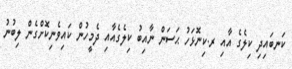
ކަނބައިދި ކިލެގެ އާއި ރ.ކިނޮޅަހު ޙަސަން ނާއިބު ކިލެގެއާއި ދެމީހުން ކައިވެނިކޮށްގެން ލިބުނު